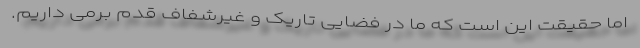
اما حقیقت این است که ما در فضایی تاریک و غیرشفاف قدم برمی داریم.